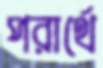
পরার্থে